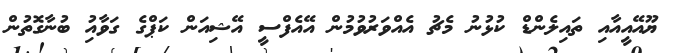
ޔޫއޭއީއާއި ތައިލެންޑް ކުޅުނު މެޗު އެއްވަރުވުމުން އޭއެފްސީ އޭޝިއަން ކަޕްގެ ގަވާއިު ބުނާގޮތުން